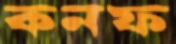
কনফ